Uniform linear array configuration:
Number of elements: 24
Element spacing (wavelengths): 0.75
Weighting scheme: hamming
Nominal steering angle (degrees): -45
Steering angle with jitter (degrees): -45.279
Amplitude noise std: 0.05
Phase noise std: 0.05

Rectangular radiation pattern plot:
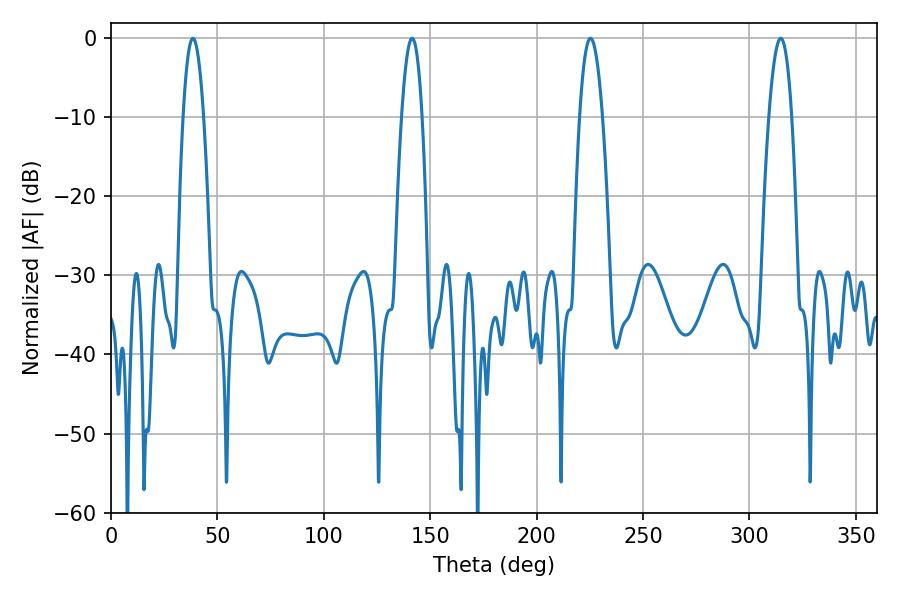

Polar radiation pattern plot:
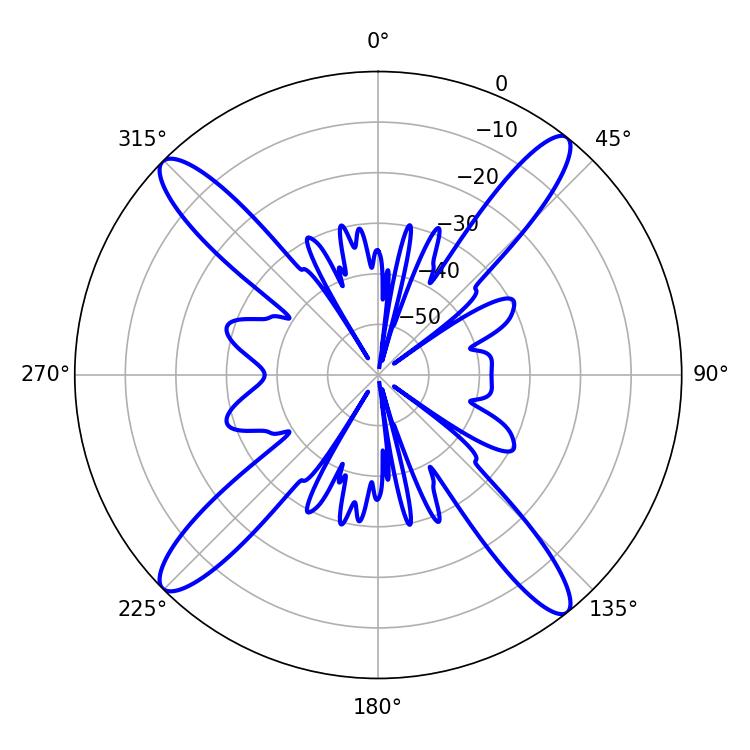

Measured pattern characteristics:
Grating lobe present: TRUE
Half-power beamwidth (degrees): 5.22
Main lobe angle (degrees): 38.52